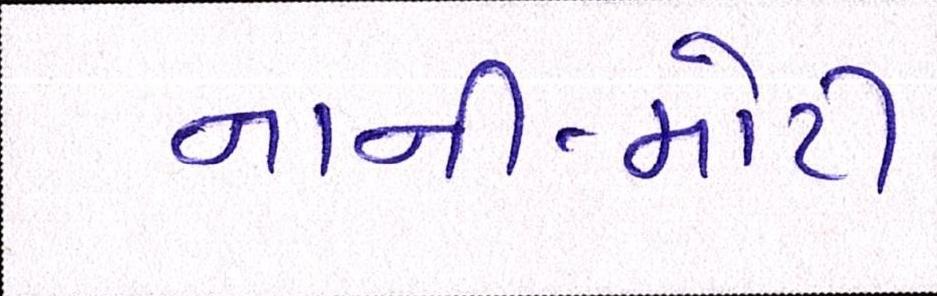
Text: નાની-મોટી